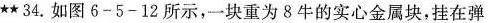
★★34.如图6-5-12所示，一块重为8牛的实心金属块，挂在弹